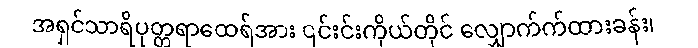
အရှင်သာရိပုတ္တရာထေရ်အား ၎င်းင်းကိုယ်တိုင် လျှောက်က်ထားခန်း၊